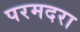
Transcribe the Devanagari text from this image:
परमदरा